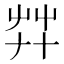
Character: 𦬧